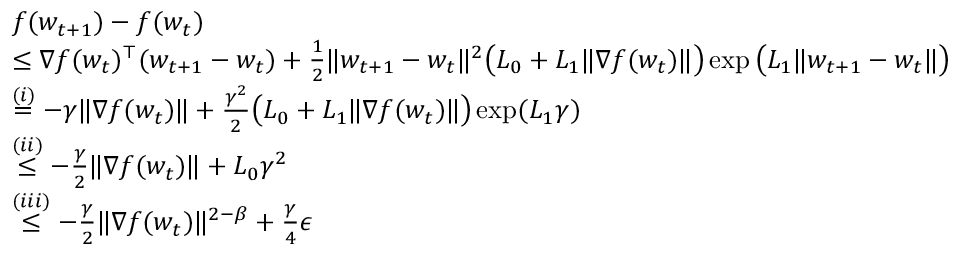
\begin{array} { r l } & { f ( w _ { t + 1 } ) - f ( w _ { t } ) } \\ & { \le \nabla f ( w _ { t } ) ^ { \top } ( w _ { t + 1 } - w _ { t } ) + \frac { 1 } { 2 } \| w _ { t + 1 } - w _ { t } \| ^ { 2 } \big ( L _ { 0 } + L _ { 1 } \| \nabla f ( w _ { t } ) \| \big ) \exp \big ( L _ { 1 } \| w _ { t + 1 } - w _ { t } \| \big ) } \\ & { \overset { ( i ) } { = } - \gamma \| \nabla f ( w _ { t } ) \| + \frac { \gamma ^ { 2 } } { 2 } \big ( L _ { 0 } + L _ { 1 } \| \nabla f ( w _ { t } ) \| \big ) \exp ( L _ { 1 } \gamma ) } \\ & { \overset { ( i i ) } { \le } - \frac { \gamma } { 2 } \| \nabla f ( w _ { t } ) \| + L _ { 0 } \gamma ^ { 2 } } \\ & { \overset { ( i i i ) } { \le } - \frac { \gamma } { 2 } \| \nabla f ( w _ { t } ) \| ^ { 2 - \beta } + \frac { \gamma } { 4 } \epsilon } \end{array}